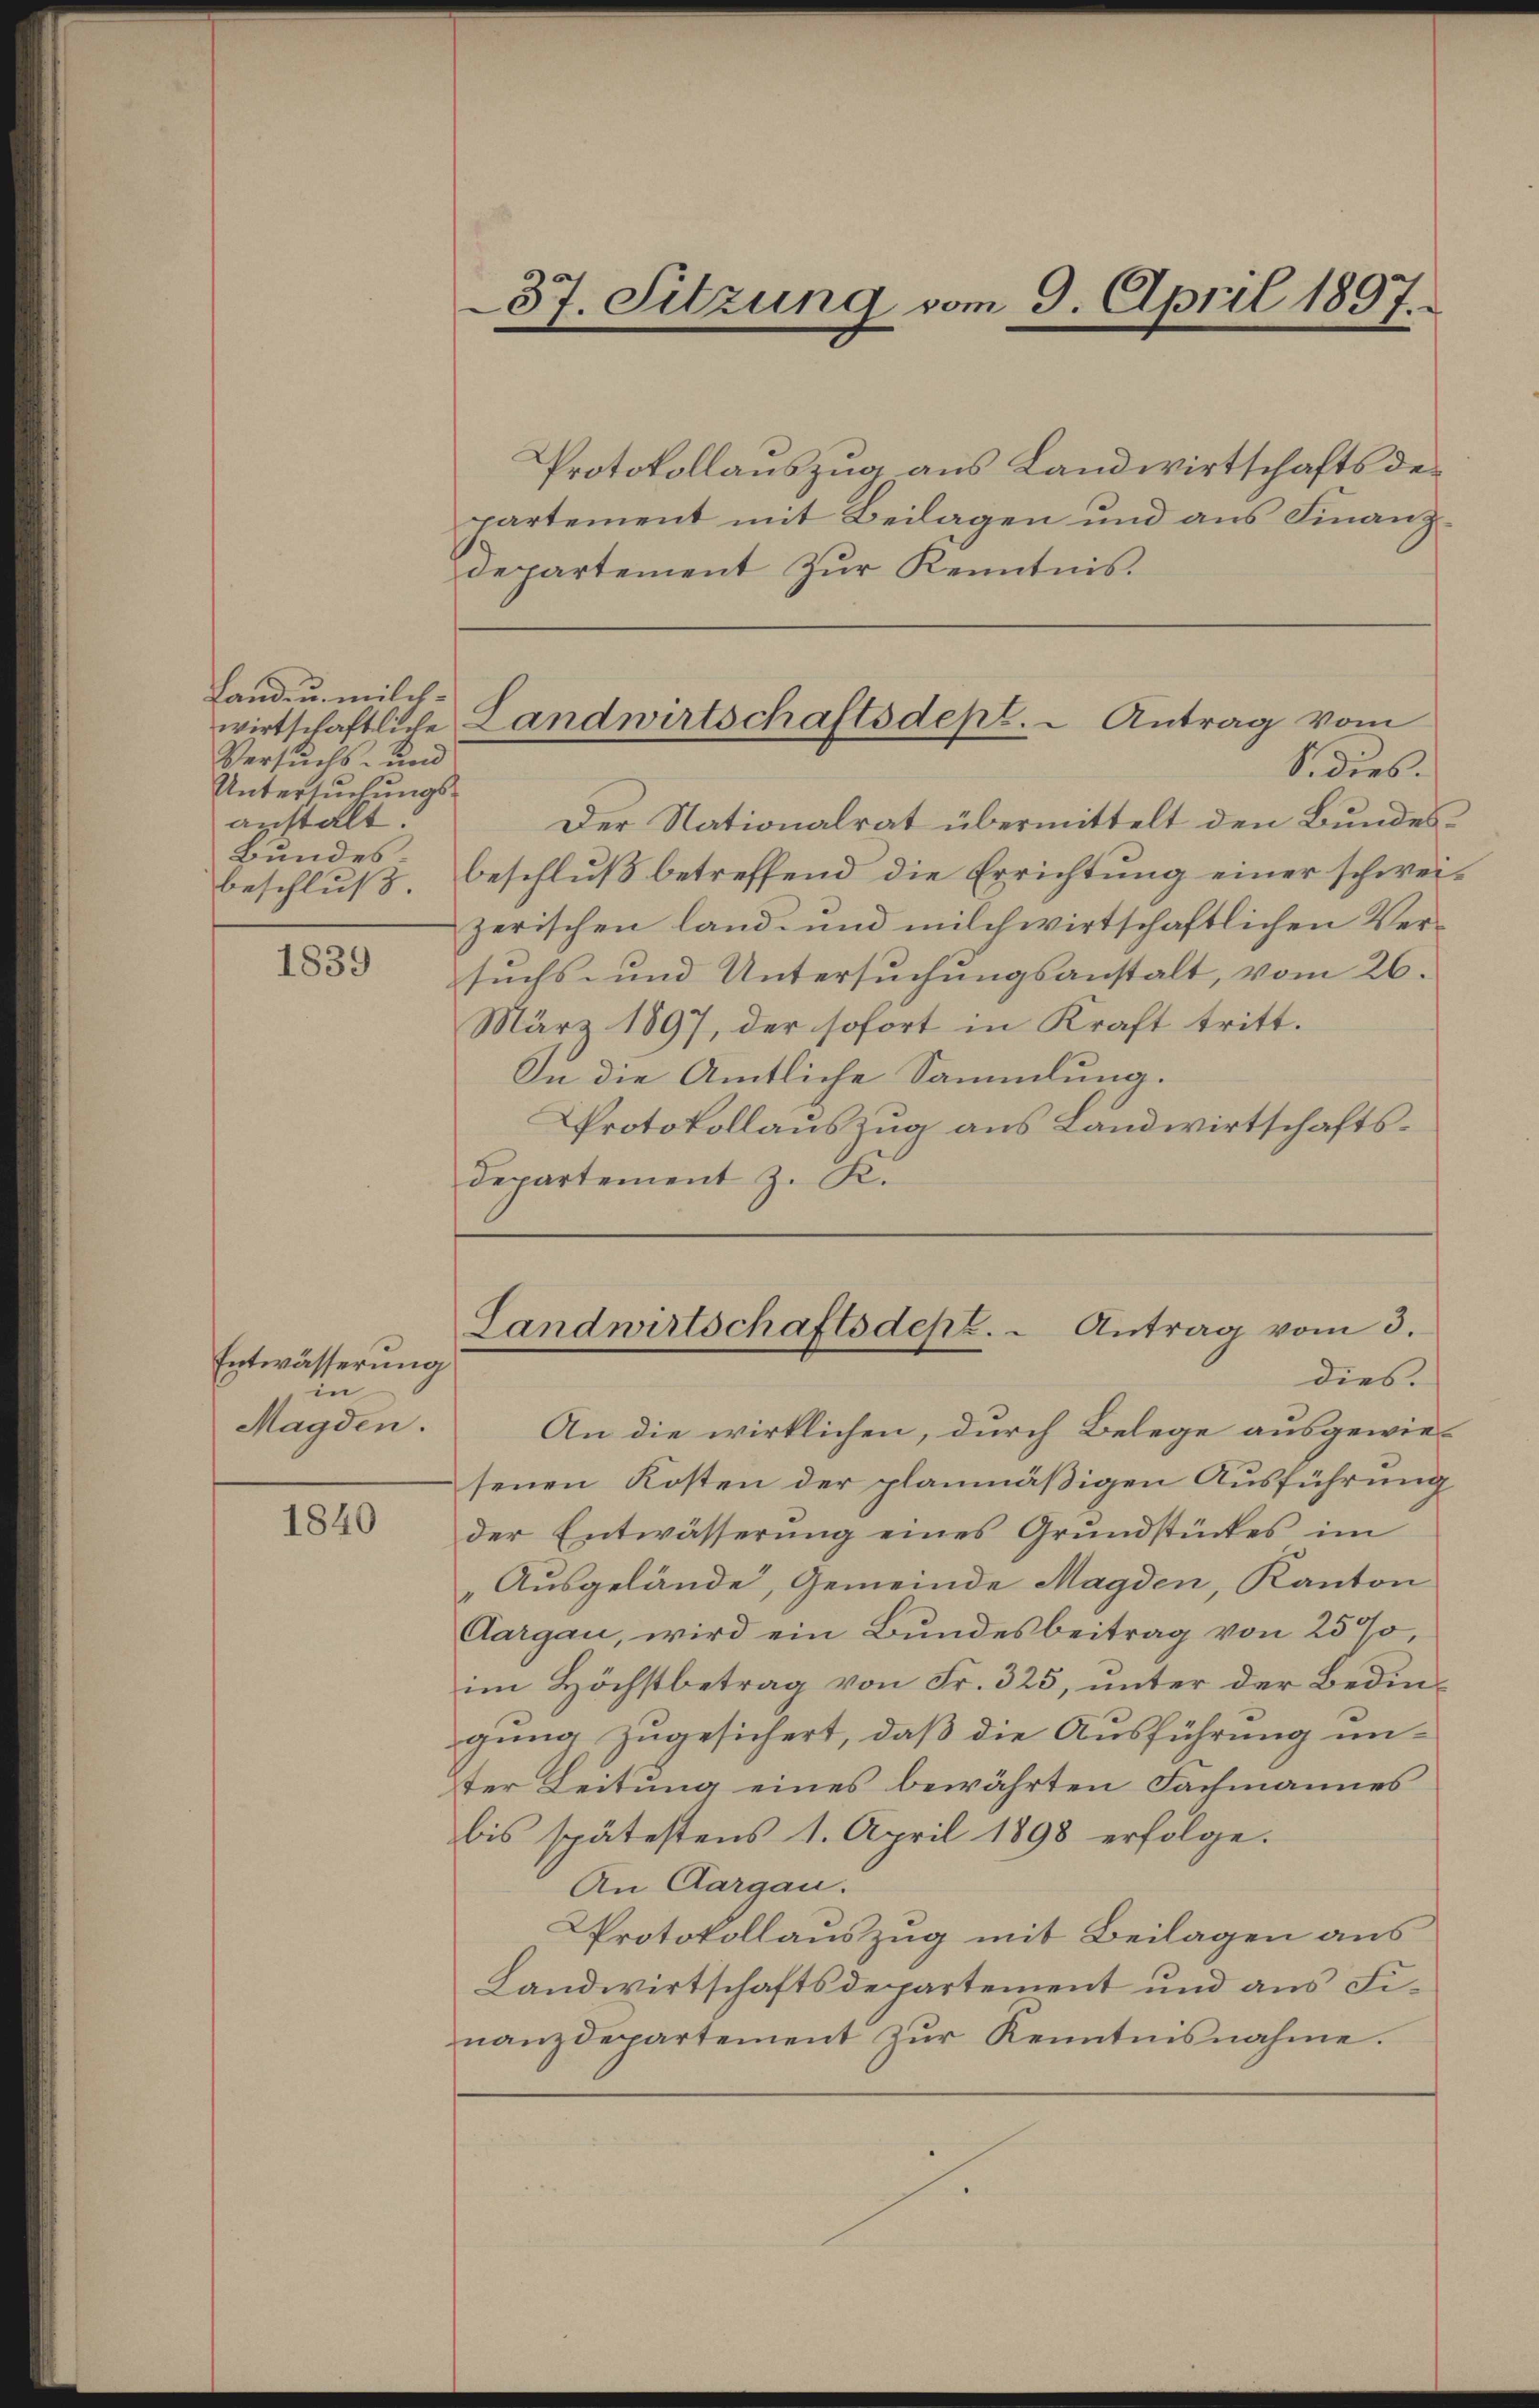
Landen milch-
Versuchs- und
Untersuchungsanstalt:
Bundes

1839

Entwässerung
in
Magden.

1840

partement mit Beilagen und aus Finanzdepartement zŭr Kenntnis.

Protokollauszug aus Landwirtschaftsde¬
Der Nationalrat übermittelt den Bundesbeschlŭβ, beschlŭβ betreffend die Errichtŭng einer schwei-
zerischen land- und milchwirtschaftlichen Versuchs- und Untersuchungsanstalt, vom 26.
März 1897, der sofort in Kraft tritt.
In die Amtliche Sammlung.
Protokollauszug aus Landwirtschaftsdepartement z. K.

An die wirklichen, durch Belege ausgewie-
senen Kosten der planmäßigen Ausführung
der Entwässerŭng eines Grŭndstückes im
"Ausgelände, Gemeinde Magden, Kanton
Aargau, wird ein Bundesbeitrag von 25%,
im Höchstbetrag von Fr. 325, unter der Bedingung zugesichert, daß die Ausführung un-
ter Leitung eines bewährten Fachmannes
bis spätestens 1. April 1898 erfolge.
An Aargau.
Protokollauszug mit Beilagen aus
Landwirtschaftsdepartement und aus Finanzdepartement zŭr Kenntnisnahme.

37. Sitzung vom 9. April 1897.

wirtschaftliche Landwirtschaftsdept. " Antrag vom
S. dies.

Landwirtschaftsdept. " Antrag vom 3.
dies.